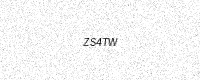
Text: ZS4TW